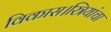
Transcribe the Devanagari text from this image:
विकास।स्त्रियांचा